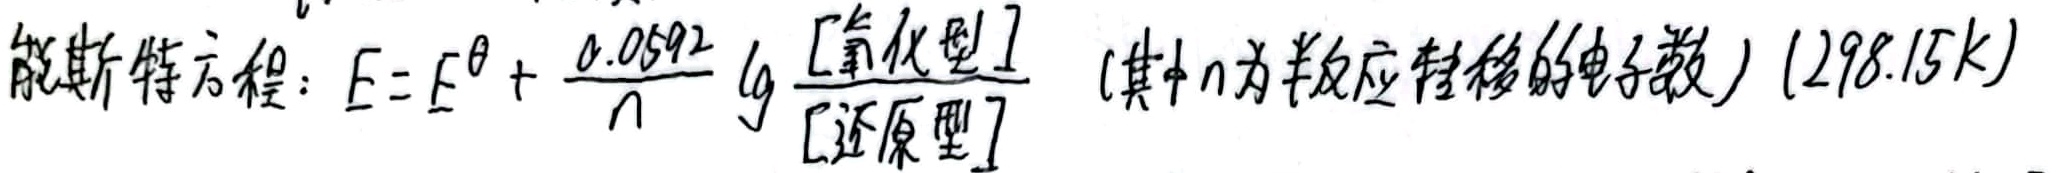
能斯特方程：

\(E = E^{\theta}+\frac{0.0592}{n}\lg\frac{[\text{氧化型}]}{[\text{还原型}]}\)（其中\(n\)为半反应转移的电子数）\((298.15K)\)